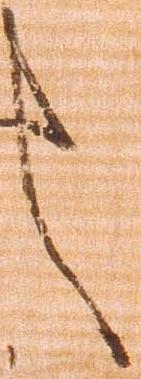
言